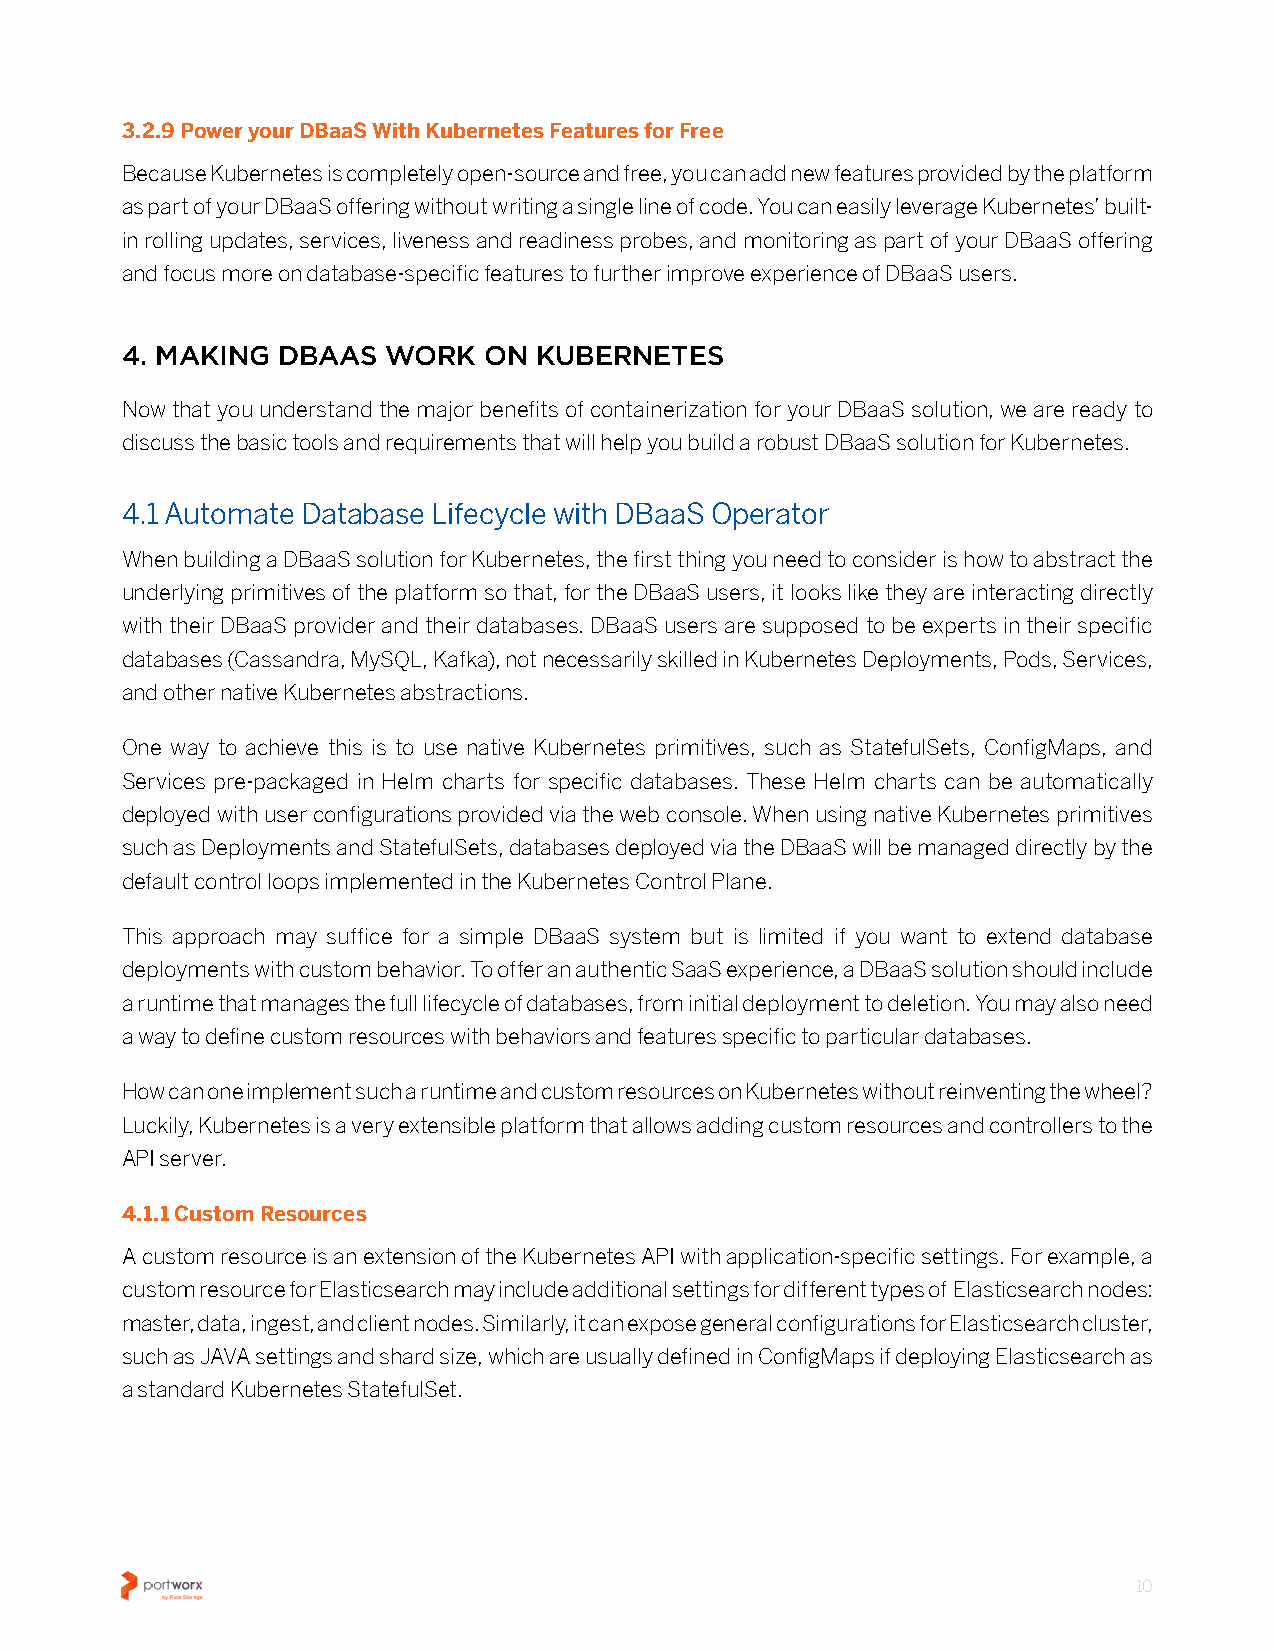
3.2.9 Power your DBaaS With Kubernetes Features for Free
 Because Kubernetes is completely open-source and free, you can add new features provided by the platform
 as part of your DBaaS offering without writing a single line of code� You can easily leverage Kubernetes’ built-
 in rolling updates, services, liveness and readiness probes, and monitoring as part of your DBaaS offering
 and focus more on database-specific features to further improve experience of DBaaS users�
 4. MAKING DBAAS  WORK   ON KUBERNETES
 Now that you understand the major benefits of containerization for your DBaaS solution, we are ready to
 discuss the basic tools and requirements that will help you build a robust DBaaS solution for Kubernetes�
 4.1 Automate Database Lifecycle with DBaaS Operator
 When building a DBaaS solution for Kubernetes, the first thing you need to consider is how to abstract the
 underlying primitives of the platform so that, for the DBaaS users, it looks like they are interacting directly
 with their DBaaS provider and their databases� DBaaS users are supposed to be experts in their specific
 databases (Cassandra, MySQL, Kafka), not necessarily skilled in Kubernetes Deployments, Pods, Services,
 and other native Kubernetes abstractions�
 One way to achieve this is to use native Kubernetes primitives, such as StatefulSets, ConfigMaps, and
 Services pre-packaged in Helm charts for specific databases� These Helm charts can be automatically
 deployed with user configurations provided via the web console� When using native Kubernetes primitives
 such as Deployments and StatefulSets, databases deployed via the DBaaS will be managed directly by the
 default control loops implemented in the Kubernetes Control Plane�
 This approach may suffice for a simple DBaaS system but is limited if you want to extend database
 deployments with custom behavior� To offer an authentic SaaS experience, a DBaaS solution should include
 a runtime that manages the full lifecycle of databases, from initial deployment to deletion� You may also need
 a way to define custom resources with behaviors and features specific to particular databases�
 How can one implement such a runtime and custom resources on Kubernetes without reinventing the wheel?
 Luckily, Kubernetes is a very extensible platform that allows adding custom resources and controllers to the
 API server�
 4.1.1 Custom Resources
 A custom resource is an extension of the Kubernetes API with application-specific settings� For example, a
 custom resource for Elasticsearch may include additional settings for different types of Elasticsearch nodes:
 master, data, ingest, and client nodes� Similarly, it can expose general configurations for Elasticsearch cluster,
 such as JAVA settings and shard size, which are usually defined in ConfigMaps if deploying Elasticsearch as
 a standard Kubernetes StatefulSet�
 10